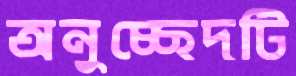
অনুচ্ছেদটি